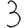
Digit: 3